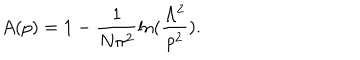
A ( p ) = 1 - \frac { 1 } { N \pi ^ { 2 } } \ln ( \frac { \Lambda ^ { 2 } } { p ^ { 2 } } ) .